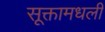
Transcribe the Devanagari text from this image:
सूक्तामधली